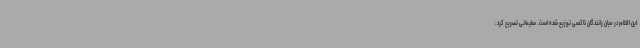
این اقلام در میان رانندگان تاکسی توزیع شده است. سلیمانی تصریح کرد: